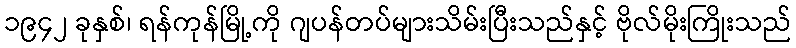
၁၉၄၂ ခုနှစ်၊ ရန်ကုန်မြို့ကို ဂျပန်တပ်များသိမ်းပြီးသည်နှင့် ဗိုလ်မိုးကြိုးသည်